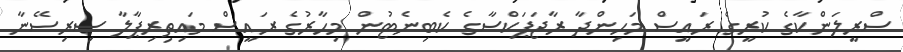
ސްރީލަންކާގެ ކުރީގެ ރައީސް މަހިންދާ ރާޖަޕަކްސާގެ ކެބިނެޓުން މިހާރުގެ ރައީސް މައިތިިރިޕާލާ ސިރިސޭނާ